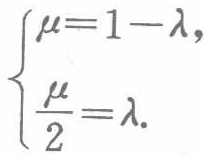
$\begin{cases}\mu = 1 - \lambda,\\\frac{\mu}{2}=\lambda.\end{cases}$